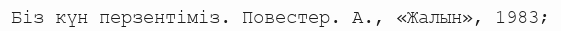
Біз күн перзентіміз. Повестер. А., «Жалын», 1983;